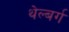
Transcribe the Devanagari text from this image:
थेल्बर्ग